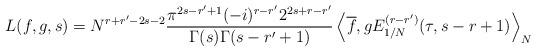
\begin{align*} L(f, g, s) = N^{r + r' - 2s - 2} \frac{\pi^{2s - r' + 1} (-i)^{r - r'} 2^{2s + r - r'}}{\Gamma(s)\Gamma(s - r' + 1)} \left\langle \overline{f}, g E^{(r - r')}_{1/N}(\tau, s - r + 1)\right\rangle_N \end{align*}